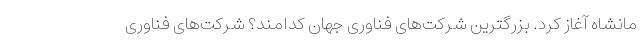
مانشاه آغاز کرد. بزرگترین شرکت‌های فناوری جهان کدامند؟ شرکت‌های فناوری